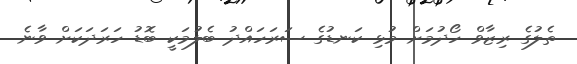
ތެލުގެ ރިޒާވް ހޯދުމަށް މުޅި ކަނޑުގެ ސަރަހައްދު ބެލުމަކީ ބޮޑު ހަރަދަކަށް ވާނެ